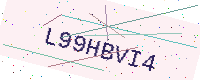
Text: L99HBVI4